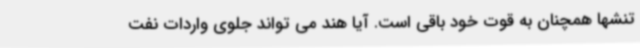
تنشها همچنان به قوت خود باقی است. آیا هند می تواند جلوی واردات نفت